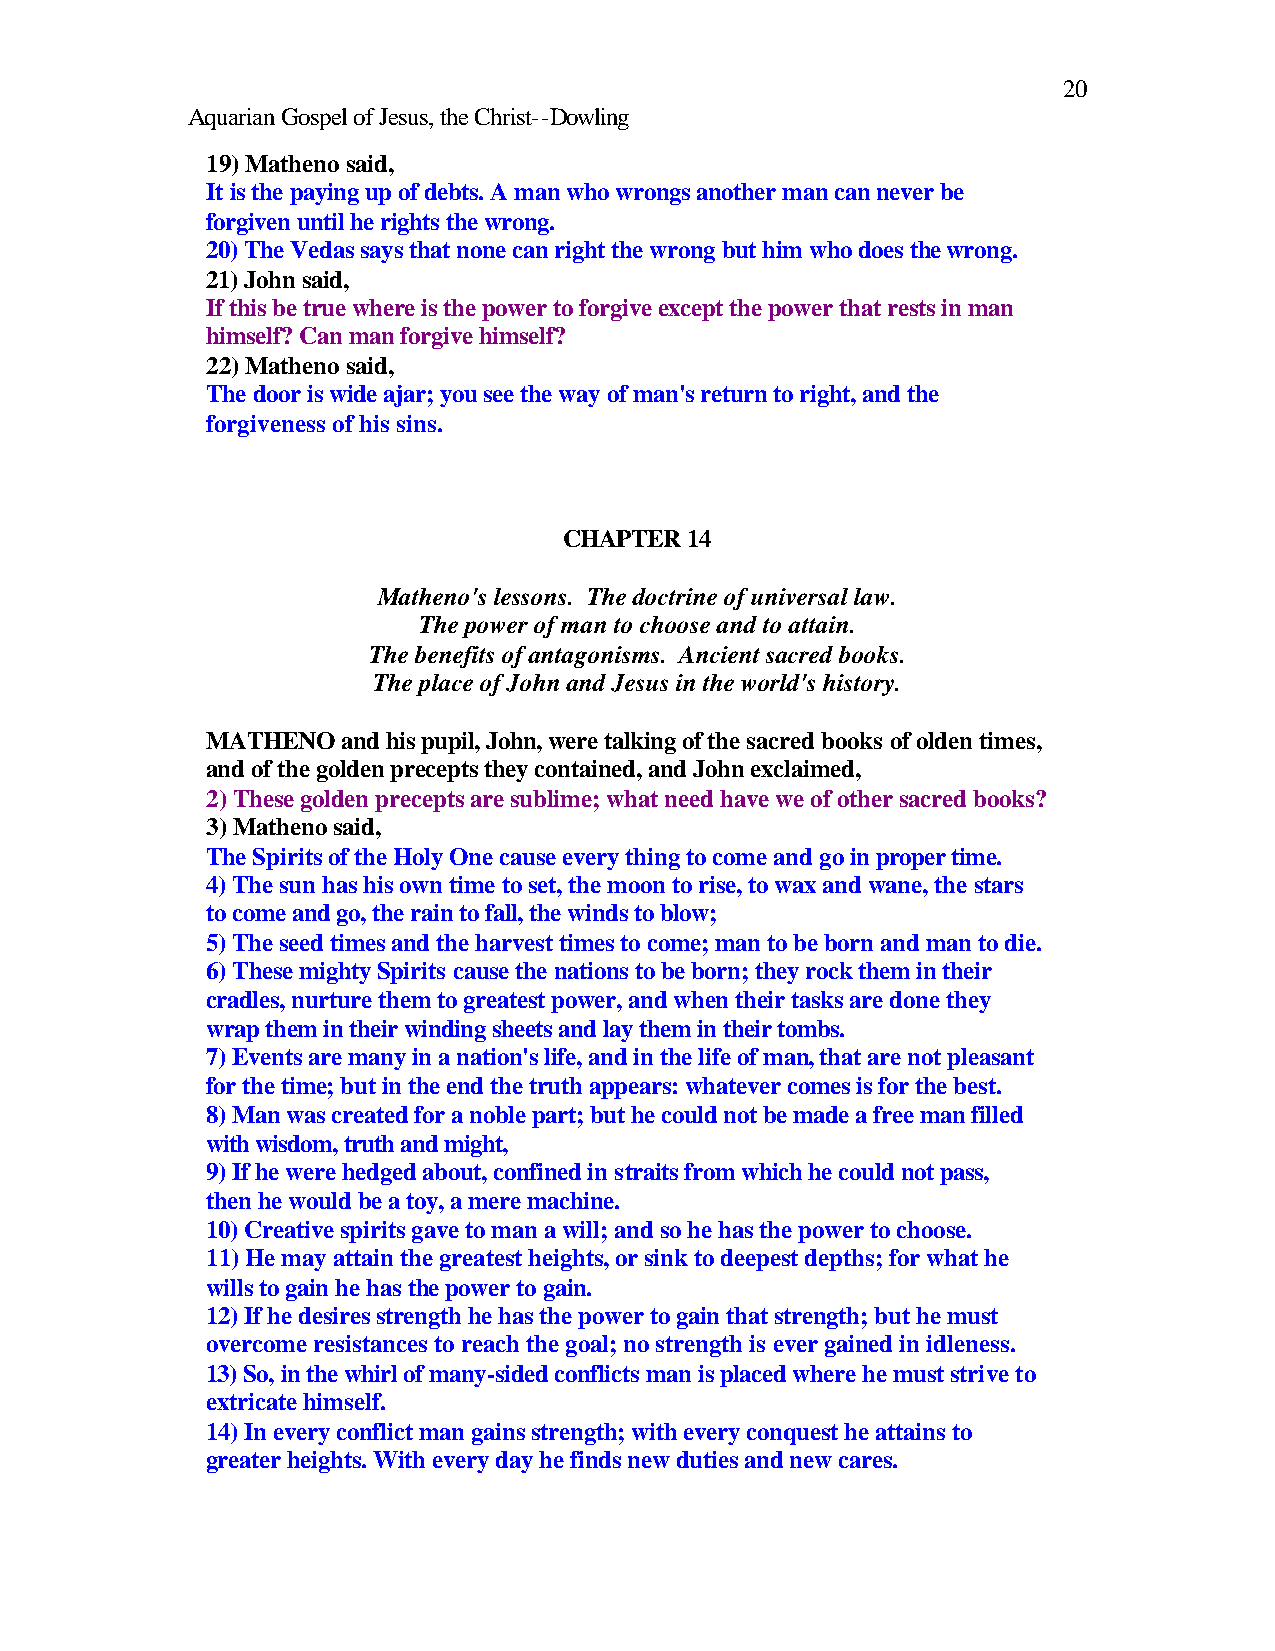
20
 Aquarian Gospel of Jesus, the Christ--Dowling
 19) Matheno said,
 It is the paying up of debts. A man who wrongs another man can never be
 forgiven until he rights the wrong.
 20) The Vedas says that none can right the wrong but him who does the wrong.
 21) John said,
 If this be true where is the power to forgive except the power that rests in man
 himself? Can man forgive himself?
 22) Matheno said,
 The door is wide ajar; you see the way of man's return to right, and the
 forgiveness of his sins.
 CHAPTER 14
 Matheno's lessons. The doctrine of universal law.
 The power of man to choose and to attain.
 The benefits of antagonisms. Ancient sacred books.
 The place of John and Jesus in the world's history.
 MATHENO  and his pupil, John, were talking of the sacred books of olden times,
 and of the golden precepts they contained, and John exclaimed,
 2) These golden precepts are sublime; what need have we of other sacred books?
 3) Matheno said,
 The Spirits of the Holy One cause every thing to come and go in proper time.
 4) The sun has his own time to set, the moon to rise, to wax and wane, the stars
 to come and go, the rain to fall, the winds to blow;
 5) The seed times and the harvest times to come; man to be born and man to die.
 6) These mighty Spirits cause the nations to be born; they rock them in their
 cradles, nurture them to greatest power, and when their tasks are done they
 wrap them in their winding sheets and lay them in their tombs.
 7) Events are many in a nation's life, and in the life of man, that are not pleasant
 for the time; but in the end the truth appears: whatever comes is for the best.
 8) Man was created for a noble part; but he could not be made a free man filled
 with wisdom, truth and might,
 9) If he were hedged about, confined in straits from which he could not pass,
 then he would be a toy, a mere machine.
 10) Creative spirits gave to man a will; and so he has the power to choose.
 11) He may attain the greatest heights, or sink to deepest depths; for what he
 wills to gain he has the power to gain.
 12) If he desires strength he has the power to gain that strength; but he must
 overcome resistances to reach the goal; no strength is ever gained in idleness.
 13) So, in the whirl of many-sided conflicts man is placed where he must strive to
 extricate himself.
 14) In every conflict man gains strength; with every conquest he attains to
 greater heights. With every day he finds new duties and new cares.